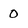
Character: 0